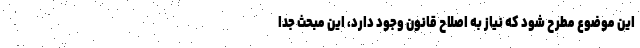
این موضوع مطرح شود که نیاز به اصلاح قانون وجود دارد، این مبحث جدا